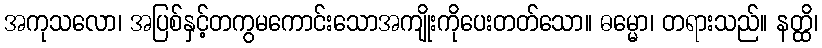
အကုသလော၊ အပြစ်နှင့်တကွမကောင်းသောအကျိုးကိုပေးတတ်သော။ ဓမ္မော၊ တရားသည်။ နတ္ထိ၊